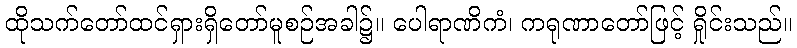
ထိုသက်တော်ထင်ရှားရှိတော်မူစဉ်အခါ၌။ ပေါရာဏိကံ၊ ကရုဏာတော်ဖြင့် ရှိုင်းသည်။